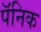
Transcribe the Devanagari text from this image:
पॅनिक